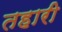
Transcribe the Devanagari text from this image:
तहारी